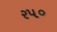
રપ૦